Source: Handwritten
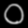
Digit: ၀ (0)